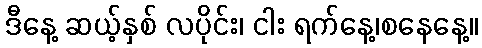
ဒီနေ့ ဆယ့်နှစ် လပိုင်း၊ ငါး ရက်နေ့၊စနေနေ့။